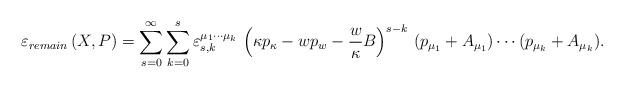
LaTeX: \begin{align*}\varepsilon _{remain}\left( X,P\right) =\sum_{s=0}^{\infty }\sum_{k=0}^{s}\varepsilon _{s,k}^{\mu _{1}\cdots \mu _{k}}\,\left( \kappa p_{\kappa}-wp_{w}-\frac{w}{\kappa}B\right) ^{s-k}\,(p_{\mu _{1}}+A_{\mu _{1}})\cdots(p_{\mu _{k}}+A_{\mu _{k}}). \end{align*}